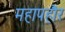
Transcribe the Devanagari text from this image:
महापहौर